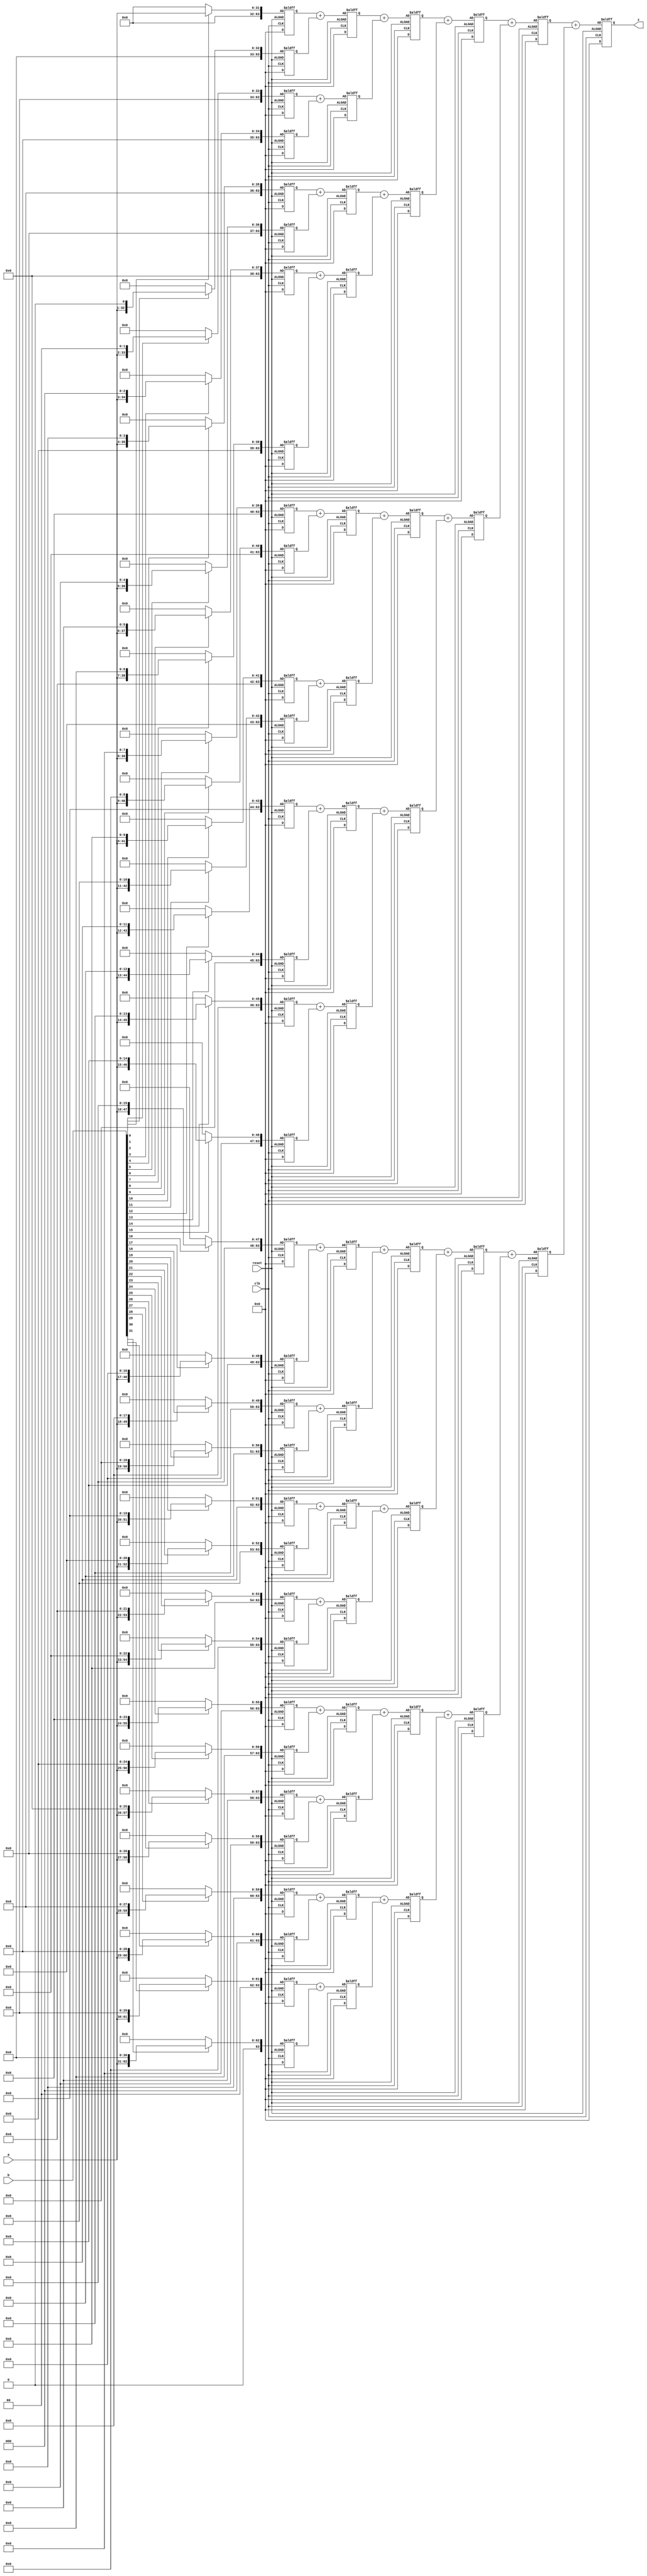
`timescale 1ns / 1ps
//////////////////////////////////////////////////////////////////////////////////
// Company: 
// Engineer: 
// 
// Design Name: 
// Module Name: MULTU
// Project Name: 
// Target Devices: 
// Tool Versions: 
// Description: 
// 
// Dependencies: 
// 
// Revision:
// Revision 0.01 - File Created
// Additional Comments:
// 
//////////////////////////////////////////////////////////////////////////////////


module MULTU(
    input clk,
    input reset,
    input [31:0] a,
    input [31:0] b,
    output [63:0] z
    );
    reg [63:0] temp;
    reg [63:0] stored0;
    reg [63:0] stored1;
    reg [63:0] stored2;
    reg [63:0] stored3;
    reg [63:0] stored4;
    reg [63:0] stored5;
    reg [63:0] stored6;
    reg [63:0] stored7;
    reg [63:0] stored8;
    reg [63:0] stored9;
    reg [63:0] stored10;
    reg [63:0] stored11;
    reg [63:0] stored12;
    reg [63:0] stored13;
    reg [63:0] stored14;
    reg [63:0] stored15;
    reg [63:0] stored16;
    reg [63:0] stored17;
    reg [63:0] stored18;
    reg [63:0] stored19;
    reg [63:0] stored20;
    reg [63:0] stored21;
    reg [63:0] stored22;
    reg [63:0] stored23;
    reg [63:0] stored24;
    reg [63:0] stored25;
    reg [63:0] stored26;
    reg [63:0] stored27;
    reg [63:0] stored28;
    reg [63:0] stored29;
    reg [63:0] stored30;
    reg [63:0] stored31;
    reg [63:0] add0_1;
    reg [63:0] add2_3;
    reg [63:0] add4_5;
    reg [63:0] add6_7;
    reg [63:0] add8_9;
    reg [63:0] add10_11;
    reg [63:0] add12_13;
    reg [63:0] add14_15;
    reg [63:0] add16_17;
    reg [63:0] add18_19;
    reg [63:0] add20_21;
    reg [63:0] add22_23;
    reg [63:0] add24_25;
    reg [63:0] add26_27;
    reg [63:0] add28_29;
    reg [63:0] add30_31;
    reg [63:0] add0t1_2t3;
    reg [63:0] add4t5_6t7;
    reg [63:0] add8t9_10t11;
    reg [63:0] add12t13_14t15;
    reg [63:0] add16t17_18t19;
    reg [63:0] add20t21_22t23;
    reg [63:0] add24t25_26t27;
    reg [63:0] add28t29_30t31;
    reg [63:0] add0t7;
    reg [63:0] add8t15;
    reg [63:0] add16t23;
    reg [63:0] add24t31;
    reg [63:0] add0t15;
    reg [63:0] add16t31;
    
    always @(posedge clk or negedge reset)
    begin
        if(reset)
        begin
            temp<=0;
            stored0<=0;
            stored1<=0;
            stored2<=0;
            stored3<=0;
            stored4<=0;
            stored5<=0;
            stored6<=0;
            stored7<=0;
            stored8<=0;
            stored9<=0;
            stored10<=0;
            stored11<=0;
            stored12<=0;
            stored13<=0;
            stored14<=0;
            stored15<=0;
            stored16<=0;
            stored17<=0;
            stored18<=0;
            stored19<=0;
            stored20<=0;
            stored21<=0;
            stored22<=0;
            stored23<=0;
            stored24<=0;
            stored25<=0;
            stored26<=0;
            stored27<=0;
            stored28<=0;
            stored29<=0;
            stored30<=0;
            stored31<=0;
            add0_1<=0;
            add2_3<=0;
            add4_5<=0;
            add6_7<=0;
            add8_9<=0;
            add10_11<=0;
            add12_13<=0;
            add14_15<=0;
            add16_17<=0;
            add18_19<=0;
            add20_21<=0;
            add22_23<=0;
            add24_25<=0;
            add26_27<=0;
            add28_29<=0;
            add30_31<=0;
            add0t1_2t3<=0;
            add4t5_6t7<=0;
            add8t9_10t11<=0;
            add12t13_14t15<=0;
            add16t17_18t19<=0;
            add20t21_22t23<=0;
            add24t25_26t27<=0;
            add28t29_30t31<=0;
            add0t7<=0;
            add8t15<=0;
            add16t23<=0;
            add24t31<=0;
            add0t15<=0;
            add16t31<=0;
        end
        else
        begin
            stored0<=b[0]?{32'b0,a}:64'b0;
            stored1<=b[1]?{31'b0,a,1'b0}:64'b0;
            stored2<=b[2]?{30'b0,a,2'b0}:64'b0;
            stored3<=b[3]?{29'b0,a,3'b0}:64'b0;
            stored4<=b[4]?{28'b0,a,4'b0}:64'b0;
            stored5<=b[5]?{27'b0,a,5'b0}:64'b0;
            stored6<=b[6]?{26'b0,a,6'b0}:64'b0;
            stored7<=b[7]?{25'b0,a,7'b0}:64'b0;
            stored8<=b[8]?{24'b0,a,8'b0}:64'b0;
            stored9<=b[9]?{23'b0,a,9'b0}:64'b0;
            stored10<=b[10]?{22'b0,a,10'b0}:64'b0;
            stored11<=b[11]?{21'b0,a,11'b0}:64'b0;
            stored12<=b[12]?{20'b0,a,12'b0}:64'b0;
            stored13<=b[13]?{19'b0,a,13'b0}:64'b0;
            stored14<=b[14]?{18'b0,a,14'b0}:64'b0;
            stored15<=b[15]?{17'b0,a,15'b0}:64'b0;
            stored16<=b[16]?{16'b0,a,16'b0}:64'b0;
            stored17<=b[17]?{15'b0,a,17'b0}:64'b0;
            stored18<=b[18]?{14'b0,a,18'b0}:64'b0;
            stored19<=b[19]?{13'b0,a,19'b0}:64'b0;
            stored20<=b[20]?{12'b0,a,20'b0}:64'b0;
            stored21<=b[21]?{11'b0,a,21'b0}:64'b0;
            stored22<=b[22]?{10'b0,a,22'b0}:64'b0;
            stored23<=b[23]?{9'b0,a,23'b0}:64'b0;
            stored24<=b[24]?{8'b0,a,24'b0}:64'b0;
            stored25<=b[25]?{7'b0,a,25'b0}:64'b0;
            stored26<=b[26]?{6'b0,a,26'b0}:64'b0;
            stored27<=b[27]?{5'b0,a,27'b0}:64'b0;
            stored28<=b[28]?{4'b0,a,28'b0}:64'b0;
            stored29<=b[29]?{3'b0,a,29'b0}:64'b0;
            stored30<=b[30]?{2'b0,a,30'b0}:64'b0;
            stored31<=b[31]?{1'b0,a,31'b0}:64'b0;
            add0_1<=stored0+stored1;
            add2_3<=stored2+stored3;
            add4_5<=stored4+stored5;
            add6_7<=stored6+stored7;
            add8_9<=stored8+stored9;
            add10_11<=stored10+stored11;
            add12_13<=stored12+stored13;
            add14_15<=stored14+stored15;
            add16_17<=stored16+stored17;
            add18_19<=stored18+stored19;
            add20_21<=stored20+stored21;
            add22_23<=stored22+stored23;
            add24_25<=stored24+stored25;
            add26_27<=stored26+stored27;
            add28_29<=stored28+stored29;
            add30_31<=stored30+stored31;
            add0t1_2t3<=add0_1+add2_3;
            add4t5_6t7<=add4_5+add6_7;
            add8t9_10t11<=add8_9+add10_11;
            add12t13_14t15<=add12_13+add14_15;
            add16t17_18t19<=add16_17+add18_19;
            add20t21_22t23<=add20_21+add22_23;
            add24t25_26t27<=add24_25+add26_27;
            add28t29_30t31<=add28_29+add30_31;
            add0t7<=add0t1_2t3+add4t5_6t7;
            add8t15<=add8t9_10t11+add12t13_14t15;
            add16t23<=add16t17_18t19+add20t21_22t23;
            add24t31<=add24t25_26t27+add28t29_30t31;
            add0t15<=add0t7+add8t15;
            add16t31<=add16t23+add24t31;
            temp<=add0t15+add16t31;
        end
    end
    assign z=temp;
endmodule